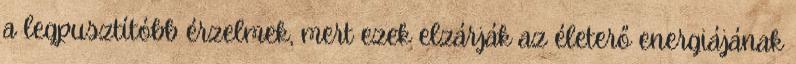
a legpusztítóbb érzelmek, mert ezek elzárják az életerő energiájának